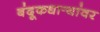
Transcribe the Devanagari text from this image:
बंदूकधार्‍यांवर